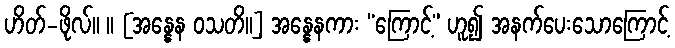
ဟိတ်-ဖိုလ်။ ။ [အန္နေန ဝသတိ။] အန္နေနကား “ကြောင့်” ဟူ၍ အနက်ပေးသောကြောင့်